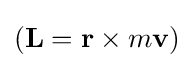
(\mathbf {L} =\mathbf {r} \times m\mathbf {v} )